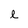
Character: l